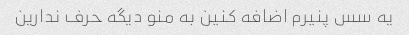
یه سس پنیرم اضافه کنین به منو دیگه حرف ندارین